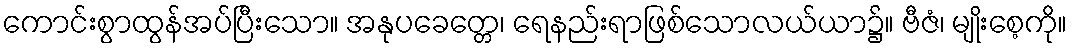
ကောင်းစွာထွန်အပ်ပြီးသော။ အနုပခေတ္တေ၊ ရေနည်းရာဖြစ်သောလယ်ယာ၌။ ဗီဇံ၊ မျိုးစေ့ကို။